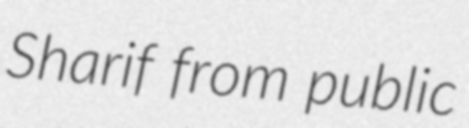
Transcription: Sharif from public